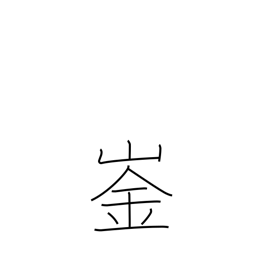
Meaning: peak